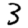
Digit: 3